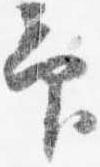
印